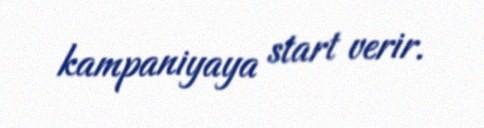
kampaniyaya start verir.